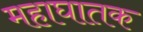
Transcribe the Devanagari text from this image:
महाघातक